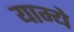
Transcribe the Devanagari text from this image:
याम्ये